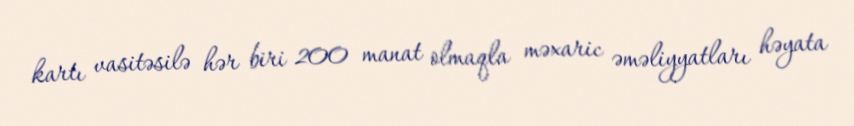
kartı vasitəsilə hər biri 200 manat olmaqla məxaric əməliyyatları həyata